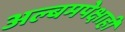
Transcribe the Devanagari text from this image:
अल्बमपेक्षाही